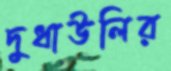
দুধাউলির